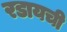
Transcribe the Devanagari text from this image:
रडायची